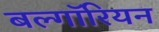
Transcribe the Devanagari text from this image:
बल्गॉरियन